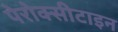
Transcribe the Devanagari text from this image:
पेरोक्सीटाइन